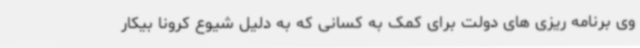
وی برنامه ریزی های دولت برای کمک به کسانی که به دلیل شیوع کرونا بیکار